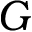
G